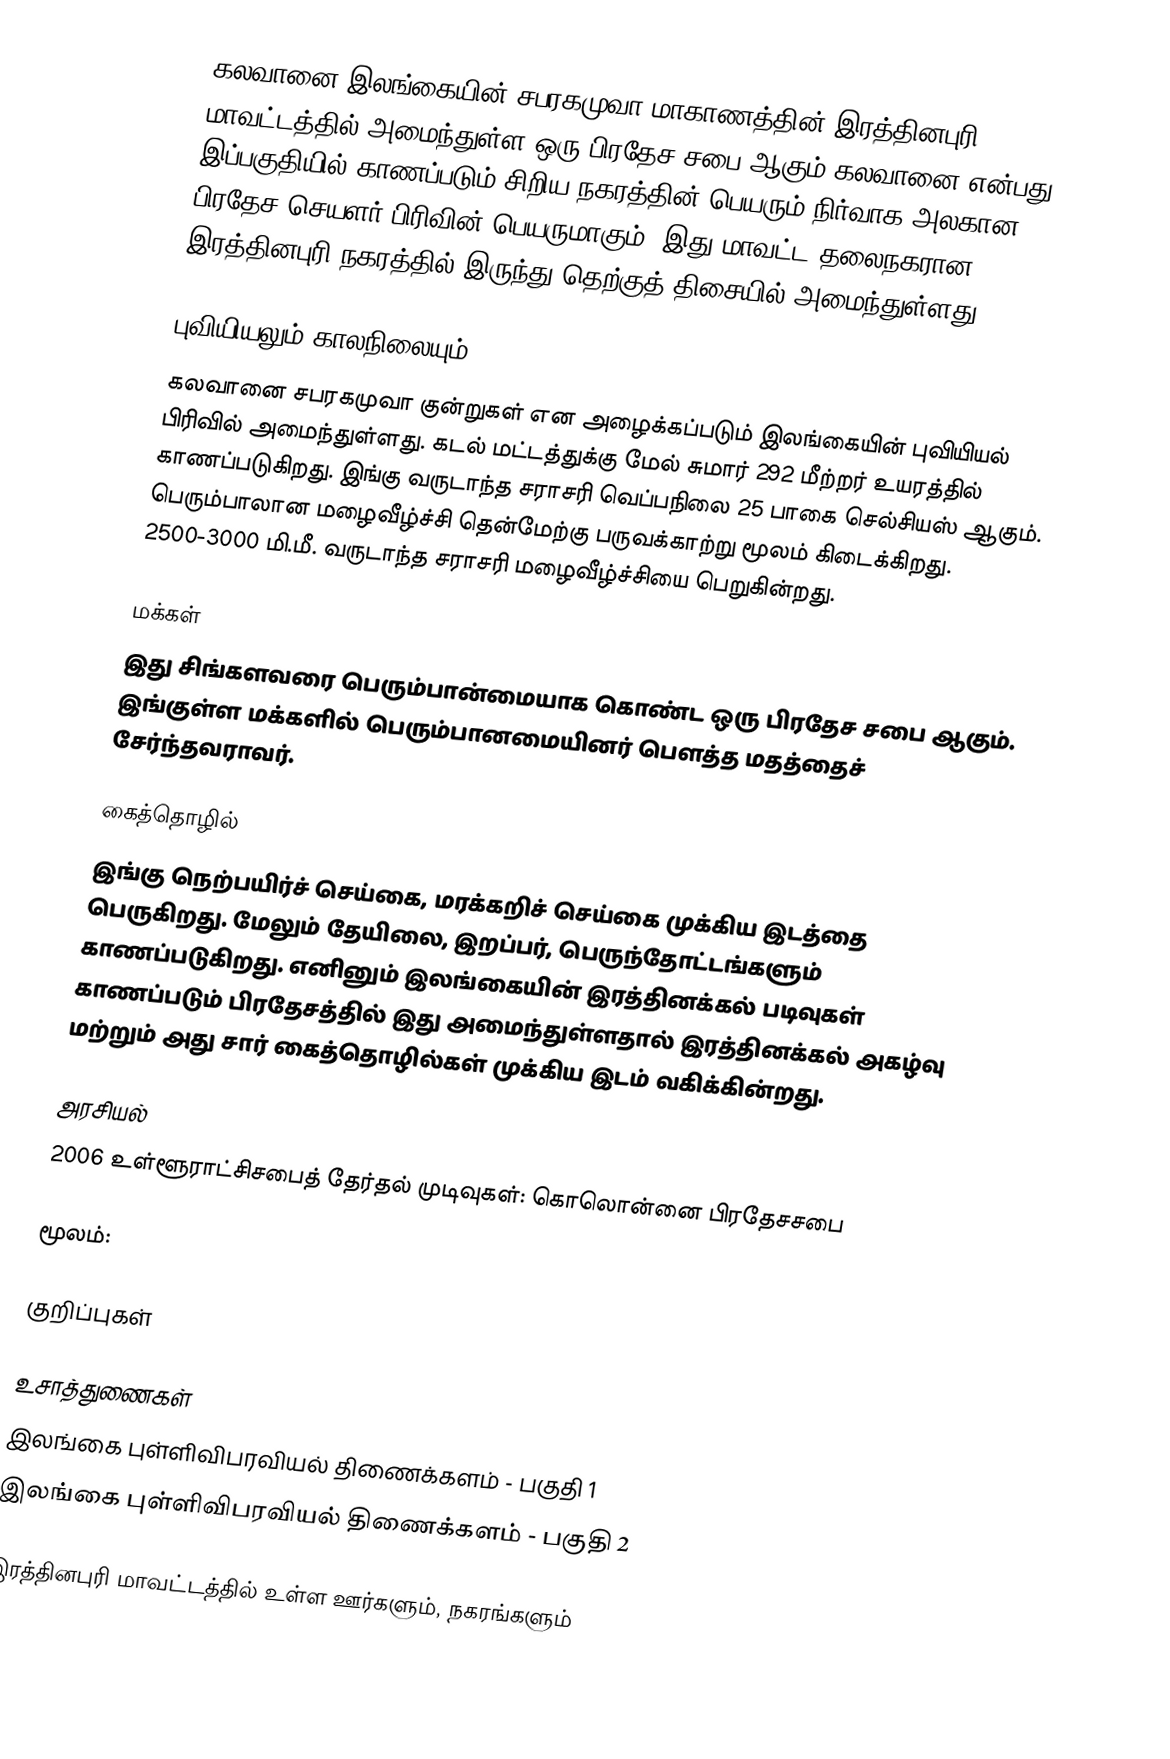
கலவானை இலங்கையின் சபரகமுவா மாகாணத்தின் இரத்தினபுரி மாவட்டத்தில் அமைந்துள்ள ஒரு பிரதேச சபை ஆகும்.கலவானை என்பது இப்பகுதியில் காணப்படும்  சிறிய நகரத்தின் பெயரும் நிர்வாக அலகான பிரதேச செயளர் பிரிவின்  பெயருமாகும். இது மாவட்ட தலைநகரான இரத்தினபுரி நகரத்தில் இருந்து  தெற்குத் திசையில்  அமைந்துள்ளது.

புவியியலும் காலநிலையும்
கலவானை  சபரகமுவா குன்றுகள் என அழைக்கப்படும்  இலங்கையின் புவியியல் பிரிவில் அமைந்துள்ளது. கடல் மட்டத்துக்கு மேல் சுமார் 292 மீற்றர்  உயரத்தில் காணப்படுகிறது. இங்கு வருடாந்த சராசரி வெப்பநிலை 25 பாகை செல்சியஸ் ஆகும். பெரும்பாலான மழைவீழ்ச்சி தென்மேற்கு பருவக்காற்று மூலம் கிடைக்கிறது. 2500-3000 மி.மீ. வருடாந்த சராசரி மழைவீழ்ச்சியை பெறுகின்றது.

மக்கள்
இது சிங்களவரை பெரும்பான்மையாக கொண்ட ஒரு பிரதேச சபை ஆகும். இங்குள்ள மக்களில் பெரும்பானமையினர் பௌத்த மதத்தைச் சேர்ந்தவராவர்.

கைத்தொழில்
இங்கு நெற்பயிர்ச் செய்கை, மரக்கறிச் செய்கை முக்கிய இடத்தை பெருகிறது. மேலும் தேயிலை, இறப்பர், பெருந்தோட்டங்களும் காணப்படுகிறது. எனினும் இலங்கையின் இரத்தினக்கல் படிவுகள் காணப்படும் பிரதேசத்தில் இது அமைந்துள்ளதால் இரத்தினக்கல் அகழ்வு மற்றும் அது சார் கைத்தொழில்கள் முக்கிய இடம் வகிக்கின்றது.

அரசியல்
2006　உள்ளூராட்சிசபைத்　தேர்தல்　முடிவுகள்:　கொலொன்னை　பிரதேசசபை

மூலம்:

குறிப்புகள்

உசாத்துணைகள்
 இலங்கை புள்ளிவிபரவியல் திணைக்களம் - பகுதி 1
 இலங்கை புள்ளிவிபரவியல் திணைக்களம் - பகுதி 2

இரத்தினபுரி மாவட்டத்தில் உள்ள ஊர்களும், நகரங்களும்